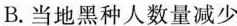
B.当地黑种人数量减少